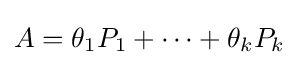
A=\theta _{1}P_{1}+\cdots +\theta _{k}P_{k}